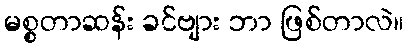
မစ္စတာဆန်း ခင်ဗျား ဘာ ဖြစ်တာလဲ။